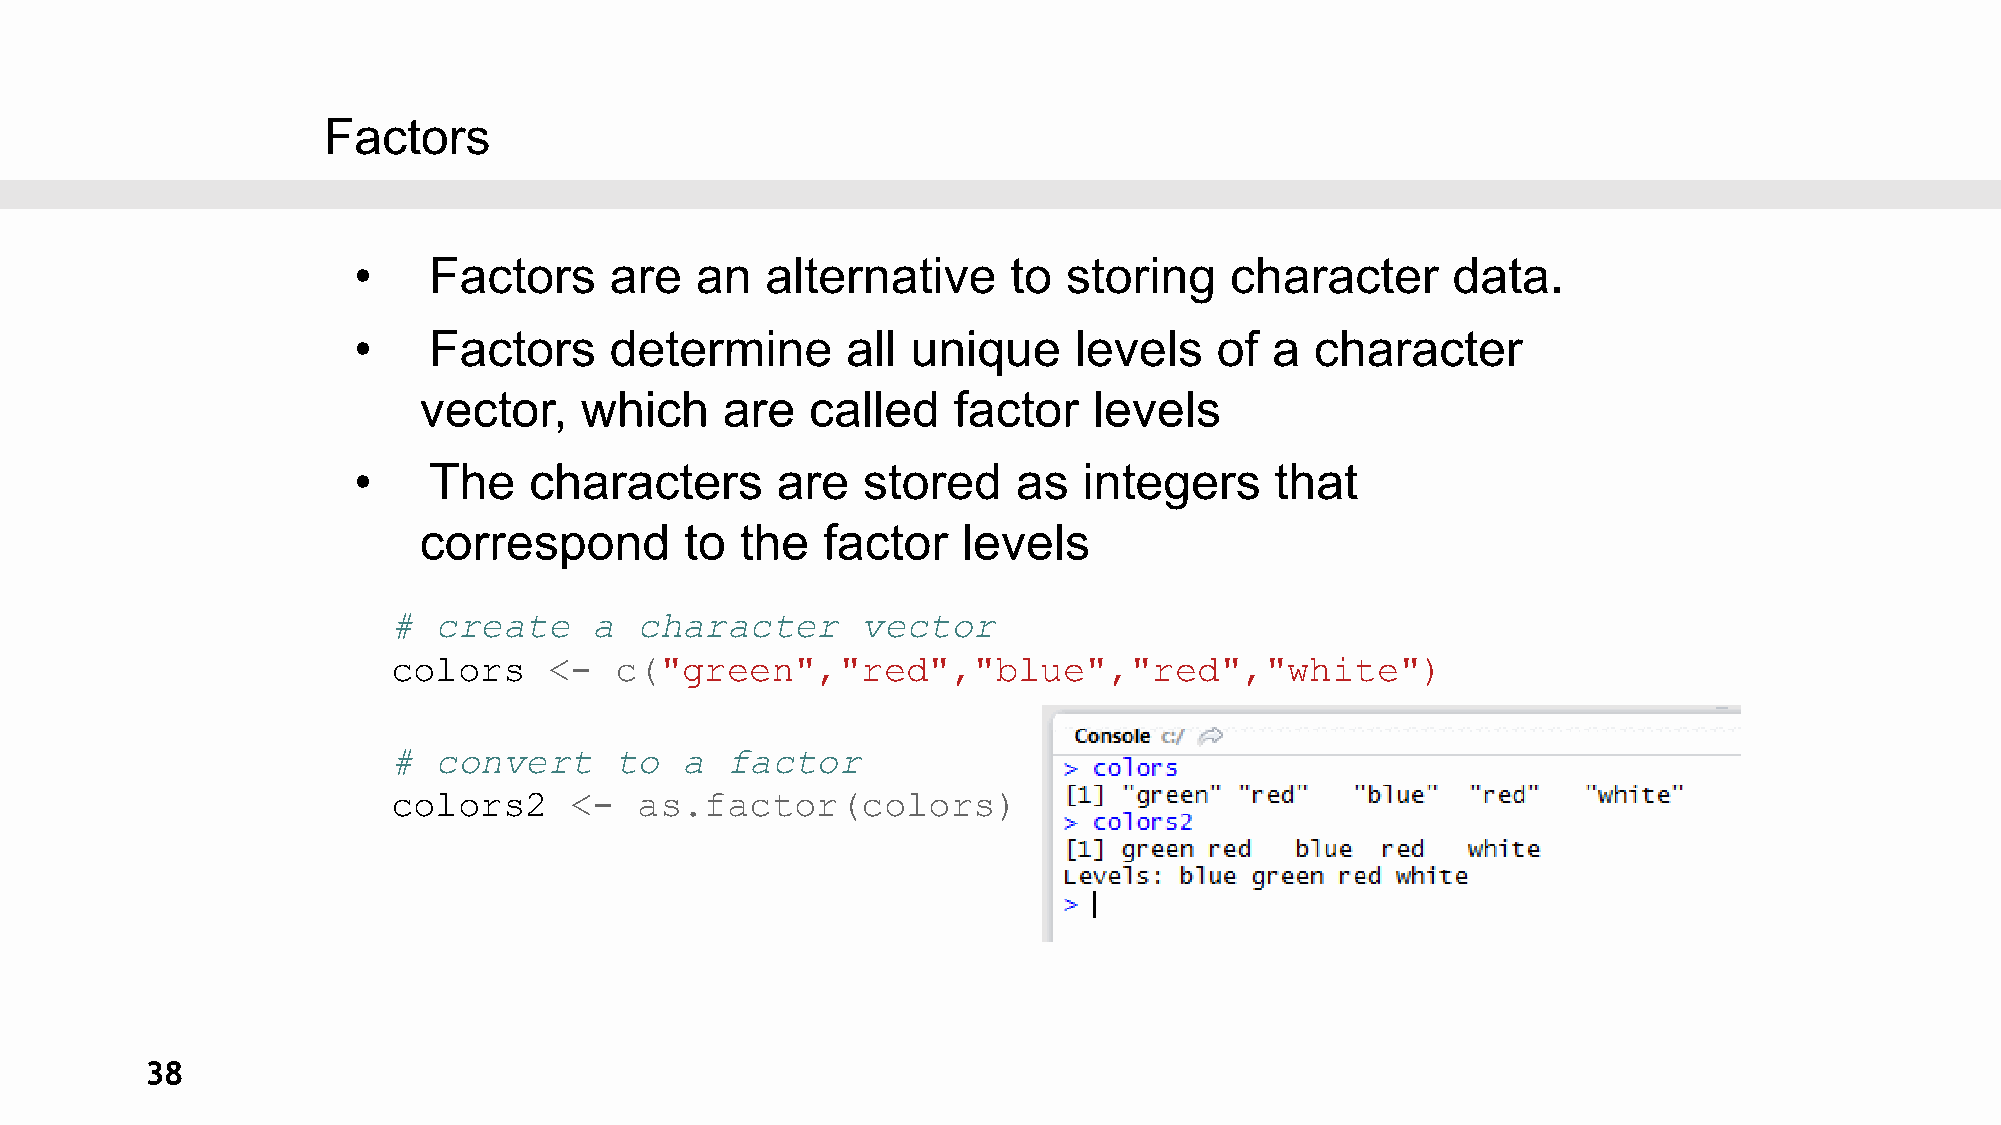
Factors
 •    Factors     are   an   alternative     to  storing   character      data.
 •    Factors     determine       all unique     levels    of a  character
 vector,   which     are   called   factor   levels
 •    The    characters      are   stored    as   integers    that
 correspond       to  the  factor    levels
 #  create    a  character      vector
 colors    <-   c("green","red","blue","red","white")
 #  convert     to  a  factor
 colors2     <-  as.factor(colors)
 38